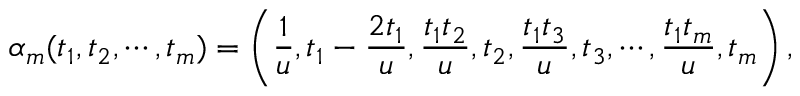
\alpha _ { m } ( t _ { 1 } , t _ { 2 } , \cdots , t _ { m } ) = \left( { \frac { 1 } { u } } , t _ { 1 } - { \frac { 2 t _ { 1 } } { u } } , { \frac { t _ { 1 } t _ { 2 } } { u } } , t _ { 2 } , { \frac { t _ { 1 } t _ { 3 } } { u } } , t _ { 3 } , \cdots , { \frac { t _ { 1 } t _ { m } } { u } } , t _ { m } \right) ,